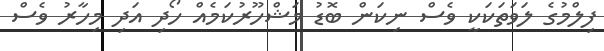
ފިލްމުގެ ލަވަތަކަކީ ވެސް ނިކަން ބޮޑު މަޝްހޫރުކަމެއް ހޯދި އަދި މިހާރު ވެސް